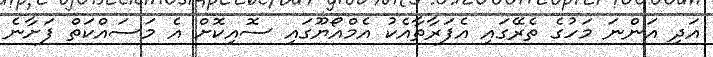
އަދި އަންނަ މަހުގެ ތެރޭގައި އެފަރާތާއެކު އެމްއޯޔޫގައި ސޮއިކޮށް އެ މަސައްކަތް ފަށާނެ